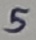
Text: 5